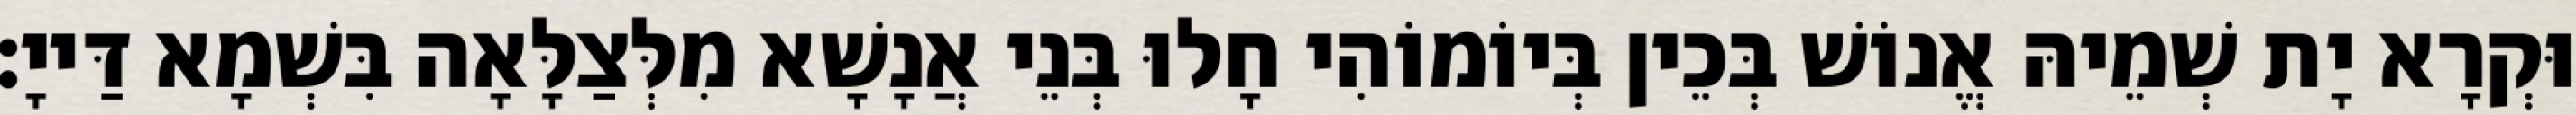
וּקְרָא יָת שְׁמֵיהּ אֱנוֹשׁ בְּכֵין בְּיוֹמוֹהִי חָלוּ בְּנֵי אֲנָשָׁא מִלְּצַלָּאָה בִּשְׁמָא דַּייָ׃